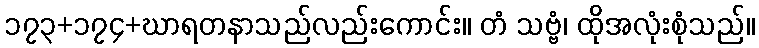
၁၇၃+၁၇၄+ဃာရတနာသည်လည်းကောင်း။ တံ သဗ္ဗံ၊ ထိုအလုံးစုံသည်။